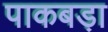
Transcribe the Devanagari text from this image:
पाकबड़ा